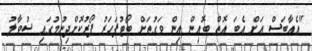
"އެއާބަސް އަށް އެބަ އޮތް ބޮއިން އިން ވަގުތަށް ބޯޓުފަހަރު ފޯރުކޮށްދިނުމުގައި ސުވާލު